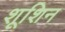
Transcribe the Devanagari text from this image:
शूशिन